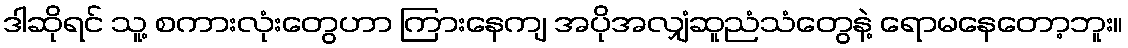
ဒါဆိုရင် သူ့ စကားလုံးတွေဟာ ကြားနေကျ အပိုအလျှံဆူညံသံတွေနဲ့ ရောမနေတော့ဘူး။